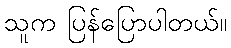
သူက ပြန်ပြောပါတယ်။